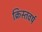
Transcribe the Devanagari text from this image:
क्रिस्तवर्ष